Indian journal of veterinary science and animal husbandry - Volume 12,
Year: 1942
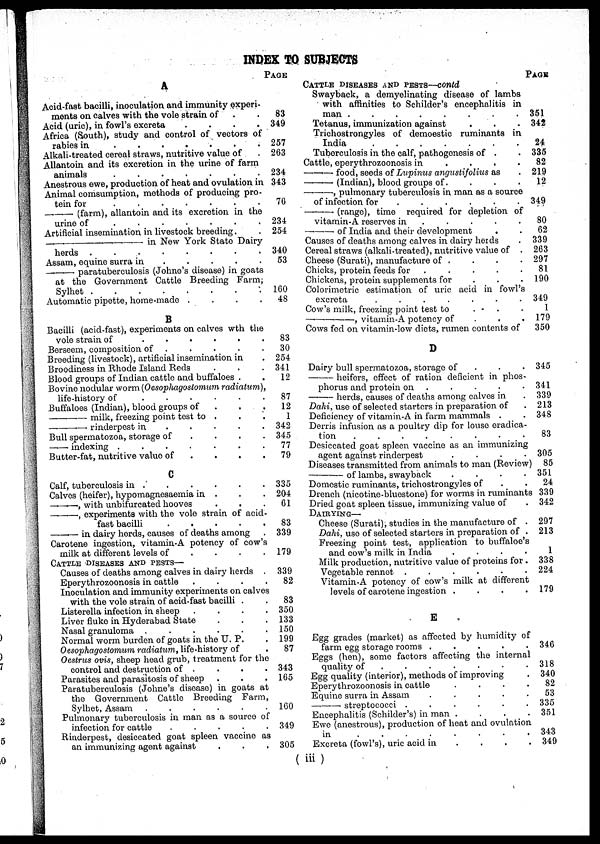
INDEX TO SUBJECTS
A
Acid-fast bacilli, inoculation and immunity experi-
ments on calves with the vole strain of . .
Acid (uric), in fowl's excreta
.
.
.
.
Africa (South), study and control of vectors of
rabies in
.
.
.
.
.
.
.
Alkali-treated cereal straws, nutritive value of
Allantoin and its excretion in the urine of farm
animals
.
.
.
.
.
.
.
Anestrous ewe, production of heat and ovulation in
Animal comsumption, methods of producing pro-
tein for
.
.
.
.
.
.
.
—
(farm), allantoin and its excretion in the
urine of
.
.
.
.
.
.
.
Artificial insemination in livestock breeding. .
—
in New York State Dairy
herds .
.
.
.
.
.
.
.
Assam, equine surra in
.
.
.
.
.
—
paratuberculosis (Johne's disease) in goats
at the Government Cattle Breeding Farm;
Sylhet . . . . . . .
Automatic pipette, home-made .
.
.
.
B
Bacilli (acid-fast), experiments on calves with the
vole strain of
.
.
.
.
.
.
Berseem, composition of . . . . . . .
Breeding (livestock), artificial insemination in .
Broodiness in Rhode Island Reds . . .
Blood groups of Indian cattle and buffaloes . .
Bovine nodular worm (Oesopliagostomum radiatum),
life-history of
.
.
.
.
.
.
Buffaloes (Indian), blood groups of . . .
— milk, freezing point test to . . .
—
rinderpest in
.
.
.
.
.
Bull spermatozoa, storage of
.
.
.
.
— indexing .
.
.
.
.
.
.
Butter-fat, nutritive value of
.
.
.
.
C
Calf, tuberculosis in . . . . . . .
Calves (heifer), hypomagnesaemia in . . .
—,
with unbifurcated hooves
—,
experiments with the vole strain of acid-
fast bacilli
.
.
.
.
.
—in
dairy herds, causes of deaths among .
Carotene ingestion, vitamin-A potency of cow's
milk at different levels of
.
.
.
.
CATTLE DISEASES AND PESTS—
Causes of deaths among calves in dairy herds .
Eperythrozoonosis in cattle
.
.
.
.
Inoculation and immunity experiments on calves
with the vole strain of acid-fast bacilli . .
Listerella infection in sheep .
.
.
.
Liver fluke in Hyderabad State . . .
Nasal granuloma .
.
.
.
.
.
Normal worm burden of goats in the U. P.
Oesophagostomum radiatum, life-history of
Oestrus ovis, sheep head grub, treatment for the
control and destruction of . . . .
Parasites and parasitosis of sheep
Paratuberculosis (Johne's disease) in goats at
the Government Cattle Breeding Farm,
Sylhet, Assam .
.
.
.
.
.
Pulmonary tuberculosis in man as a source of
infection for cattle
.
.
.
.
.
Rinderpest, desiccated goat spleen vaccine as
an immunizing agent against . . .
PAGE
83
349
257
263
234
343
76
234
254
340
53
160
48
83
30
254
341
12
87
12
1
342
345
77
79
335
204
61
83
339
179
339
82
83
350
133
150
199
87
343
165
160
349
305
CATTLE DISEASES AND PESTS—contd
Swayback, a demyelinating disease of lambs
with affinities to Schilder's encephalitis in
man .
.
.
.
.
.
.
.
Tetanus, immunization against . . .
Trichostrongyles of demoestic ruminants in
India
.
.
.
.
.
.
.
Tuberculosis in the calf, pathogenesis of . .
Cattle, eperythrozoonosis in . .
.
.
—food,
seeds of Lupinus angustifolius as .
—(Indian), blood groups of. . . . .
—,
pulmonary tuberculosis in man as a source
of infection for
.
.
.
.
.
—
(range), time required for depletion of
vitamin-A reserves in
.
.
.
.
—
of India and their development
Causes of deaths among calves in dairy herds
Cereal straws (alkali-treated), nutritive value of .
Cheese (Surati), manufacture of .
Chicks, protein feeds for
. . . . .
Chickens, protein supplements for . . .
Colorimetric estimation of uric acid in fowl's
excreta
.
.
.
.
.
.
.
Cow's milk, freezing point test to
. . .
—
,
vitamin-A potency of . . .
Cows fed on vitamin-low diets, rumen contents of
D
Dairy bull spermatozoa, storage of . . .
—heifers, effect of ration deficient in phos-
phorus and protein on . . . . .
— herds, causes of deaths among calves in .
Dahi, use of selected starters in preparation of .
Deficiency of vitamin-A in farm mammals .
Derris infusion as a poultry dip for louse eradica-
tion
.
.
.
.
.
.
.
Desiccated goat spleen vaccine as an immunizing
agent against rinderpest
.
.
.
Diseases transmitted from animals to man (Review)
—
of
lambs, swayback .
.
.
.
Domestic ruminants, trichostrongyles of . .
Drench (nicotine-bluestone) for worms in ruminants
Dried goat spleen tissue, immunizing value of
DAIRYING—
Cheese (Surati), studies in the manufacture of .
Dahi, use of selected starters in preparation of .
Freezing point test, application to buffaloe's
and cow's milk in India
.
.
.
Milk production, nutritive value of proteins for .
Vegetable rennet .
.
.
.
Vitamin-A potency of cow's milk at different
levels of carotene ingestion . . . .
E
Egg grades (market) as affected by humidity of
farm egg storage rooms . . . . . . .
Eggs (hen), some factors affecting the internal
quality of
.
.
.
.
.
Egg quality (interior), methods of improving .
Eperythrozoonosis in cattle
.
.
.
.
Equine surra in Assam
.
.
.
.
.
—
streptococci
......
Encephalitis (Schilder's) in man .
.
. . .
Ewe (anestrous), production of heat and ovulation
in
.
.
.
.
.
.
.
.
Excreta (fowl's), uric acid in . . .
.
PAGE
351
342
24
335
82
219
12
349
80
62
339
263
297
81
190
349
1
179
350
345
341
339
213
348
83
305
85
351
24
339
342
297
213
1
338
224
179
346
318
340
82
53
335
351
343
349
( iii )